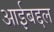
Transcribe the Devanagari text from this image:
आईबद्दल